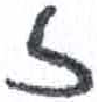
אות: ז